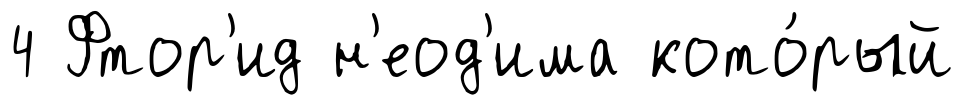
4 Фтор'ид н'еод'има кото́рый